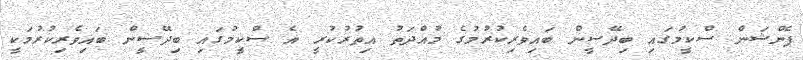
ޕެންޝަން ސްކީމުގައި ބިދޭސީން ބައިވެރިކުރުމުގެ މުއްދަތު އިތުރުކުރީ އެ ސްކީމުގައި ބިދޭސީން ބައިވެރިކުރުމަކީ